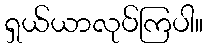
ရှယ်ယာလုပ်ကြပါ။